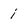
Character: i